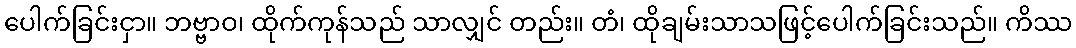
ပေါက်ခြင်းငှာ။ ဘဗ္ဗာဝ၊ ထိုက်ကုန်သည် သာလျှင် တည်း။ တံ၊ ထိုချမ်းသာသဖြင့်ပေါက်ခြင်းသည်။ ကိဿ